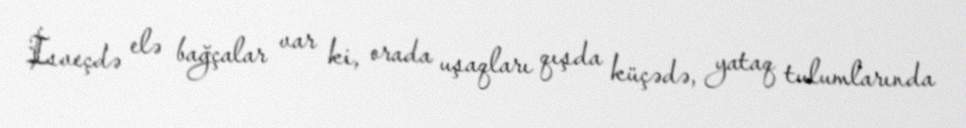
İsveçdə elə bağçalar var ki, orada uşaqları qışda küçədə, yataq tulumlarında